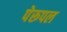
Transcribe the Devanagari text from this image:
पेरूपल